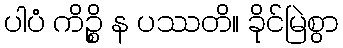
ပါပံ ကိဉ္စိ န ပဿတိ။ ခိုင်မြဲစွာ